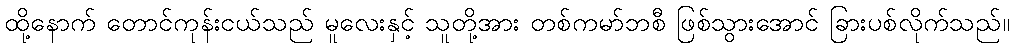
ထို့နောက် တောင်ကုန်းငယ်သည် မူလေးနှင့် သူတို့အား တစ်ကမာ်ဘစီ ဖြစ်သွားအောင် ခြားပစ်လိုက်သည်။